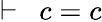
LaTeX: \vdash\ \ c=c